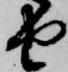
由